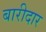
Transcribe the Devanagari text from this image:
बारीदार